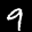
Digit: 9